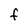
Character: F